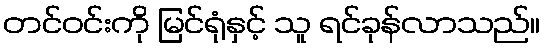
တင်ဝင်းကို မြင်ရုံနှင့် သူ ရင်ခုန်လာသည်။